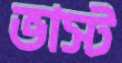
ভাস্ট